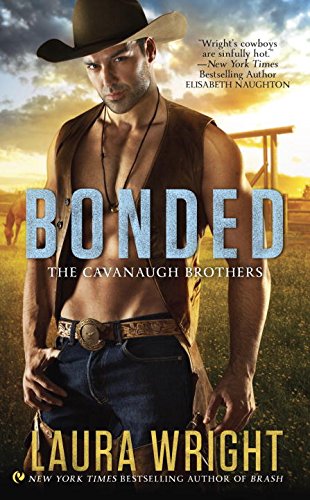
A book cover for Bonded: The Cavanaugh Brothers; Laura Wright; Romance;